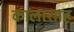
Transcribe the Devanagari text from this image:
कालाशाह